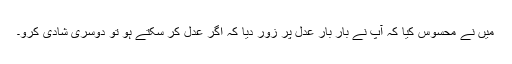
میں نے محسوس کیا کہ آپ نے بار بار عدل پر زور دیا کہ اگر عدل کر سکتے ہو تو دوسری شادی کرو۔